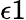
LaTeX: \epsilon 1